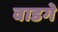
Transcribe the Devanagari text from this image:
वाडगे